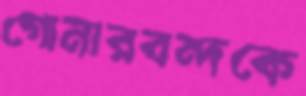
গোনারবন্দকে